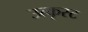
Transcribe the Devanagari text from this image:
उत्कृस्ट